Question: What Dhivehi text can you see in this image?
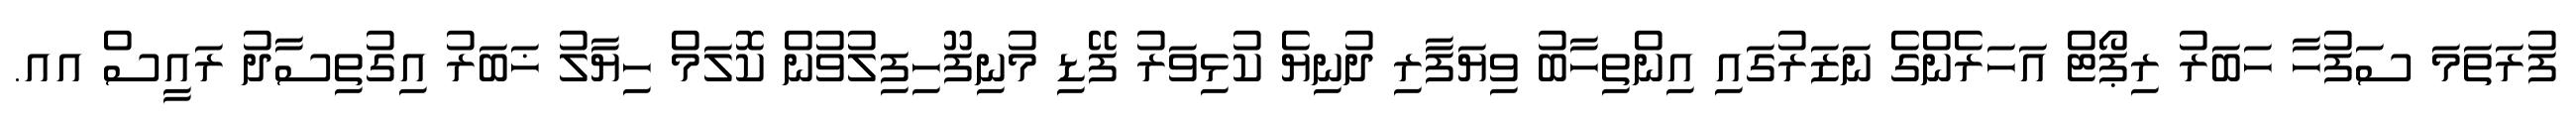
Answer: ފުރަތަމަ ސަފުހާ ހަބަރު ރިޕޯޓް އަހަރެންގެ ނަޒަރުގައި އިންތިހާބު ވިޔަފާރި ދުނިޔެ ކުޅިވަރު ފޭޑި މުނިފޫހިފިލުވުން ކޮލަމް ހިޔާލު ޚަބަރު އިގުތިސާދު ރައީސް އއ.